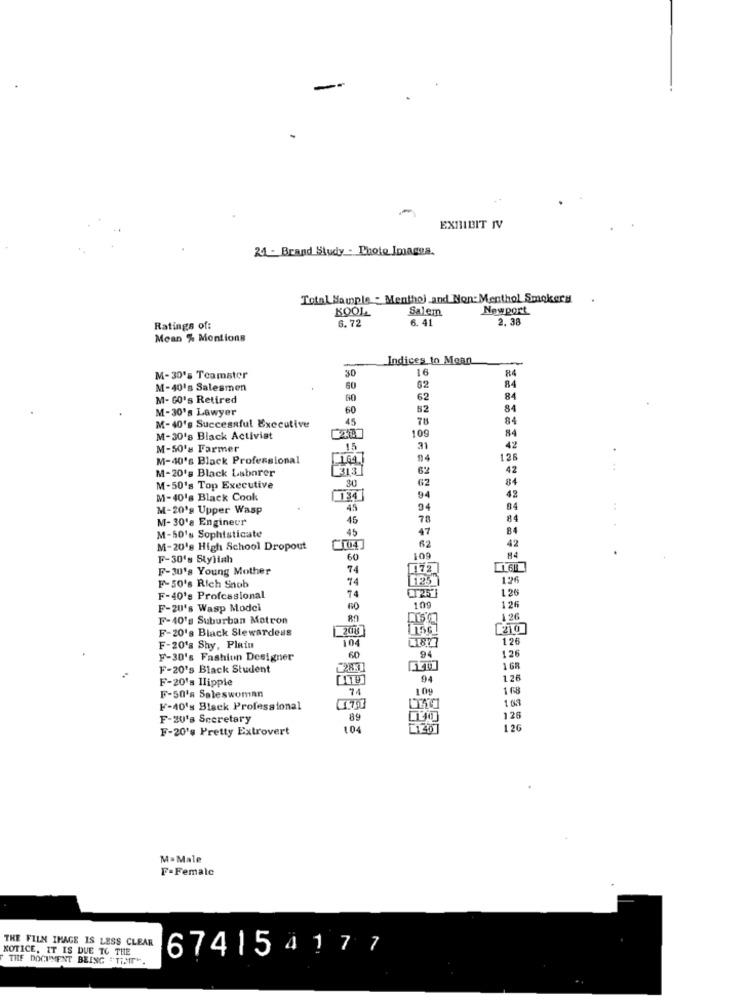
-
EXHIBIT IV
24 - Brand Study - Photo Images.
Total Sample : Menthol and Non-Menthol Smokers
KOOL
Salem
Newport
6.41
2. 38
Ratings of:
6.72
Mean % Mentions
Indices to Mean
16
R4
M-30's Teamster
30
M-40's Salesmen
60
62
M- GO's Retired
60
62
84
M-30's Lawyer
60
52
84
45
78
84
M-40's Successful Executive
109
84
M-30's Black Activist
M-50's Farmer
15
42
M-40's Black Professional
1.64.
126
M-20's Black Laborer
313
62
42
30
62
84
M-50's Top Executive
42
M-40's Black Cook
94
M-20's Upper Wasp
45
04
M-30's Engineur
45
70
84
45
47
M-50's Sophisticate
42
M-20's High School Dropout
F-30's Styliah
60
109
F-30's Young Mother
74
172
14
125"
126
F-50's Rich Snob
74
1.26
F-40's Professional
F-20's Wasp Model
109
126
F-40's Suburban Matron
126
F-20's Black Stewardess
2018
104
126
F-20's Shy, Plain
126
F-30's Fashion Designer
60
94
F-20's Black Student
1 68
F-20's Ilippie
94
128
74
109
1 68
F-50's Saleswoman
1 63
F-40's Black Professional
126
F-20's Secretary
89
F-20's Pretty Extrovert
104
126
M=Male
F-Female
THE FILM IMAGE IS LESS CLEAR
NOTICE, IT IS DUE TO THE
674154177
THE DOCUMENT BEING "THAT".